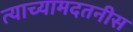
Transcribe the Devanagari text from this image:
त्याच्यामदतनीस